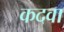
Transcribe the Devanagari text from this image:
कदवा